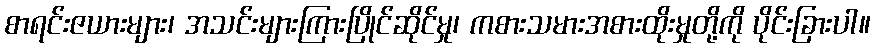
စာရင်းဇယားများ၊ အသင်းများကြားပြိုင်ဆိုင်မှု၊ ကစားသမားအစားထိုးမှုတို့ကို ပိုင်းခြားပါ။